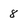
Character: 8